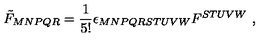
\tilde { F } _ { M N P Q R } = \frac { 1 } { 5 ! } \epsilon _ { M N P Q R S T U V W } F ^ { S T U V W } \ ,